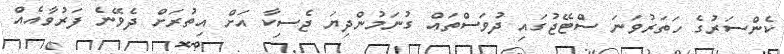
ކެންސަރުގެ ހަތަރުވަނަ ސްޓޭޖުގައި ދުވަސްތައް ގުނަމުންދިޔަ ޖެސިކާ އަށް އިތުރަށް ދެވޭނެ ފަރުވާއެއް